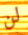
لن